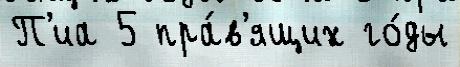
П'иа 5 пра́в'ящих го́ды